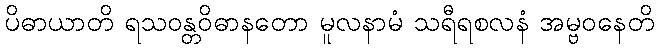
ပိဓာယာတိ ရသဝန္တဝိဓာနတော မူလနာမံ သရီရစလနံ အမ္ဗဝနေတိ